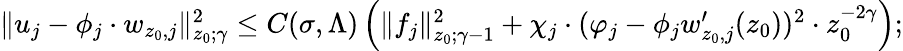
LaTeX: \begin{array}{r}{\| u_{j}-\phi_{j}\cdot w_{z_{0},j}\| _{z_{0};\gamma}^{2}\leq C(\sigma,\Lambda)\left(\| f_{j}\| _{z_{0};\gamma-1}^{2}+\chi_{j}\cdot(\varphi_{j}-\phi_{j}w_{z_{0},j}^{\prime}(z_{0}))^{2}\cdot z_{0}^{-2\gamma}\right);}\end{array}